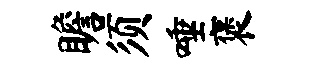
瞻须唾褒